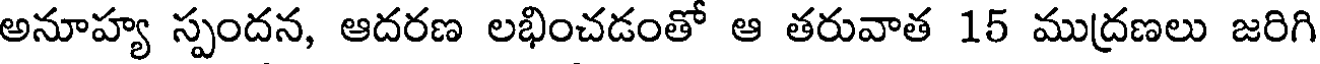
అనూహ్య స్పందన, ఆదరణ లభించడంతో ఆ తరువాత 15 ముద్రణలు జరిగి